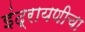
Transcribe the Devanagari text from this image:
इंद्रायणीचा